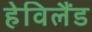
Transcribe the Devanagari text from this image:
हेविलैंड